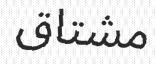
مشتاق